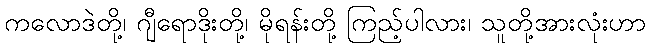
ကလောဒဲတို့၊ ဂျီရောဒိုးတို့၊ မိုရန်းတို့ ကြည့်ပါလား၊ သူတို့အားလုံးဟာ